Annual report on the mental hospital in the Central Provinces and Berar (Nagpur) - 1927-1951
Year: 1927
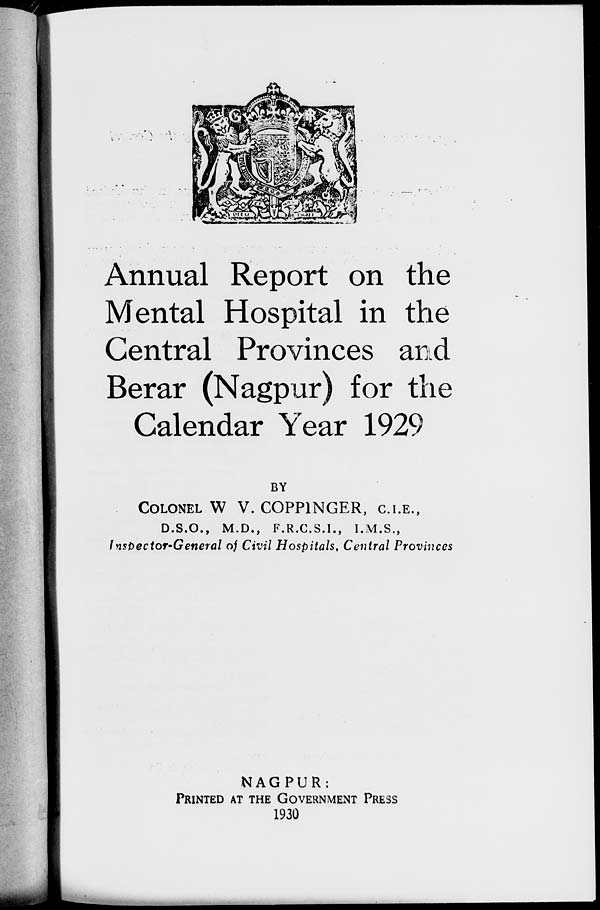
Annual Report on the
Mental Hospital in the
Central Provinces and
Berar (Nagpur) for the
Calendar Year 1929
BY
COLONEL W. V. COPPINGER, C.I.E.,
D.S.O., M.D., F.R.C.S.I., I.M.S.,
Inspector-General of Civil Hospitals, Central Provinces
NAGPUR:
PRINTED AT THE GOVERNMENT PRESS
1930